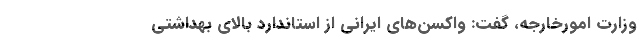
وزارت امورخارجه، گفت: واکسن‌های ایرانی از استاندارد بالای بهداشتی